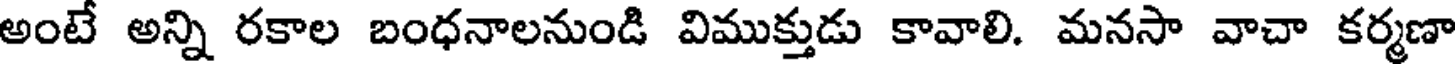
అంటే అన్ని రకాల బంధనాలనుండి విముక్తుడు కావాలి. మనసా వాచా కర్మణా